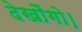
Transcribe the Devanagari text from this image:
देखौंगो।